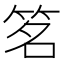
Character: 𬔽